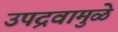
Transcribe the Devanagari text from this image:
उपद्रवामुळे